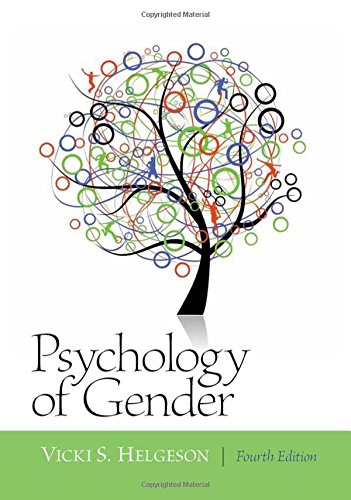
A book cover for Psychology of Gender: Fourth Edition; Vicki Helgeson; Medical Books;